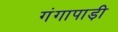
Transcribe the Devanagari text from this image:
गंगापाड़ी